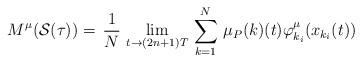
LaTeX: \begin{align*}M^\mu(\mathcal{S}(\tau))=\,\frac{1}{N}\,\lim_{t\to (2n+1)T}\,\sum^{N}_{k=1}\,\mu_P(k)(t)\varphi^\mu_{k_i}(x_{k_i}(t))\end{align*}